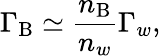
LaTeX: \Gamma_{\mathrm{B}}\simeq\frac{n_{\mathrm{B}}}{n_{w}}\Gamma_{w},